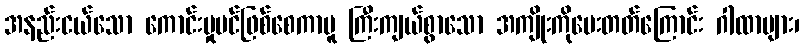
အနည်းငယ်သော ကောင်းမှုပင်ဖြစ်စေကာမူ ကြီးကျယ်စွာသော အကျိုးကိုပေးတတ်ကြောင်း ဂါထာများ၊